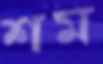
শম